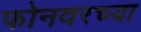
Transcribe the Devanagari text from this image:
फोनवरच्या